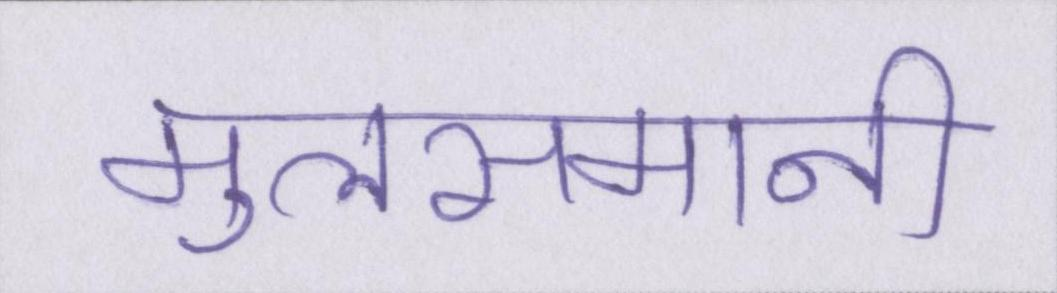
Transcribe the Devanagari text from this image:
मुलसमानी